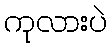
ကုလားပဲ